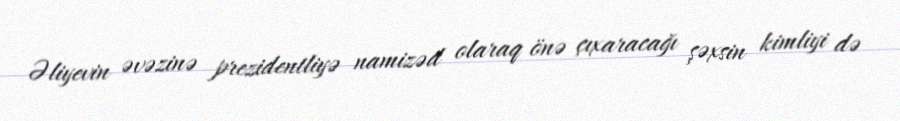
Əliyevin əvəzinə prezidentliyə namizəd olaraq önə çıxaracağı şəxsin kimliyi də